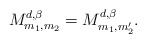
\begin{align*}M_{m_{1},m_{2}}^{ d,\beta}=M_{m_{1},m_{2}'}^{ d,\beta}.\end{align*}